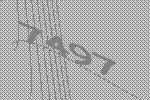
7497